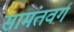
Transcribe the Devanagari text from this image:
सामंतवर्ग